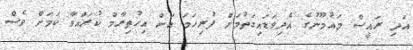
އަދި ރައީސް މައުމޫނުގެ އެދިވަޑައިގަތުމަށް ފުރިހަމަ އަށް އިހުތިރާމް ކުރައްވާ ކަމަށް ވެސް